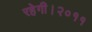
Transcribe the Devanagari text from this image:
रहेगी।२०११